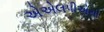
એએલપીએસી